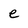
Character: e